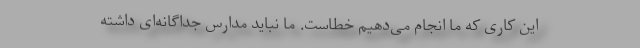
این کاری که ما انجام می‌دهیم خطاست. ما نباید مدارس جداگانه‌ای داشته